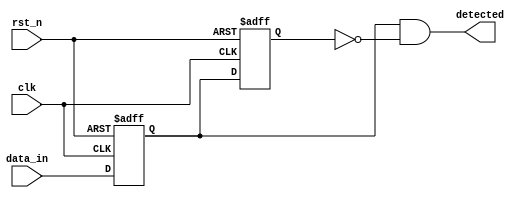
module dual_ff_detector (
    input wire clk,            // Clock input
    input wire rst_n,         // Asynchronous reset (active low)
    input wire data_in,       // Input data stream
    output reg detected       // Output signal indicating detection
);

// Internal signals for the flip-flops
reg ff1, ff2;

// Flip-Flop 1: Sample input data on rising edge of the clock
always @(posedge clk or negedge rst_n) begin
    if (!rst_n) begin
        ff1 <= 1'b0; // Reset FF1 to 0
    end else begin
        ff1 <= data_in; // Sample data_in
    end
end

// Flip-Flop 2: Sample output of FF1 on the next clock cycle
always @(posedge clk or negedge rst_n) begin
    if (!rst_n) begin
        ff2 <= 1'b0; // Reset FF2 to 0
    end else begin
        ff2 <= ff1; // Sample FF1 output
    end
end

// Combinational logic to detect specific condition
always @(*) begin
    // Example detection logic: Detect rising edge of data_in
    detected = (ff1 == 1'b1 && ff2 == 1'b0); // Change condition as needed
end

endmodule